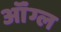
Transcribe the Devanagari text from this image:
ऑंग्ल